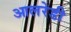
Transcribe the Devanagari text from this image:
आलरेडी